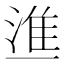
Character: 𰜚